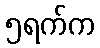
၅ရက်က